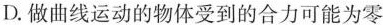
D.做曲线运动的物体受到的合力可能为零